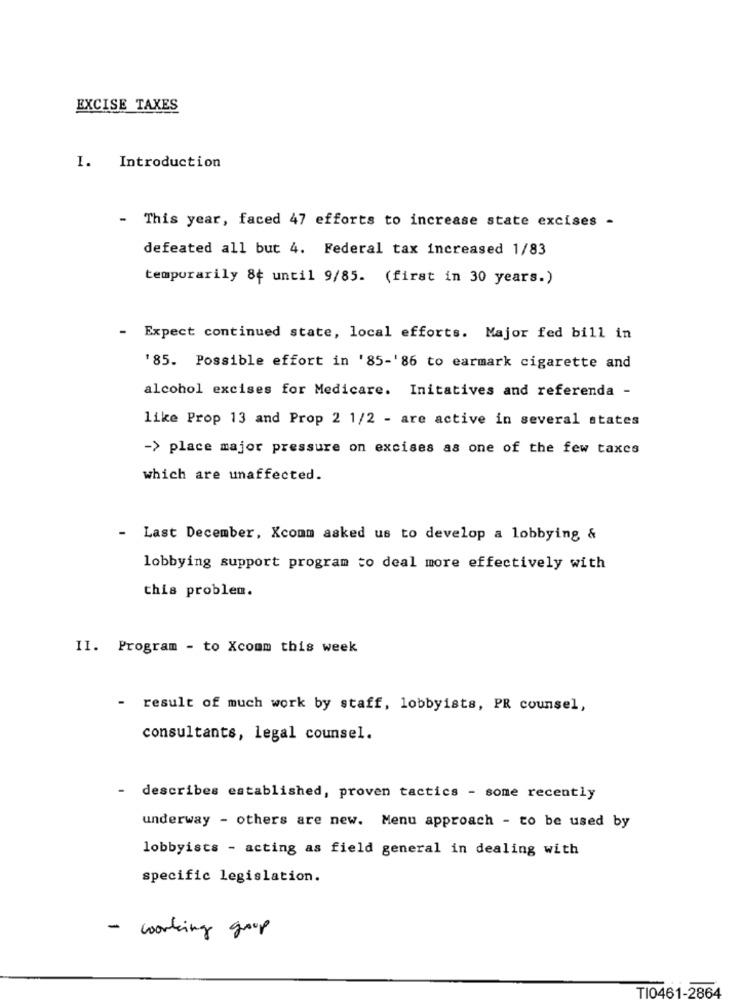
EXCISE TAXES
I. Introduction
- This year, faced 47 efforts to increase state excises -
defeated all but 4. Federal tax increased 1/83
temporarily 8+ until 9/85. (first in 30 years.)
- Expect continued state, local efforts. Major fed bill in
'85. Possible effort in '85-'86 to earmark cigarette and
alcohol excises for Medicare. Initatives and referenda -
like Prop 13 and Prop 2 1/2 - are active in several states
-> place major pressure on excises as one of the few taxes
which are unaffected.
- Last December, Xcomm asked us to develop a lobbying &
lobbying support program to deal more effectively with
this problem.
II. Program - to Xcomm this week
-
result of much work by staff, lobbyists, PR counsel,
consultants, legal counsel.
-
describes established, proven tactics - some recently
underway - others are new. Menu approach - to be used by
lobbyists - acting as field general in dealing with
specific legislation.
- working group
TI0461-2864